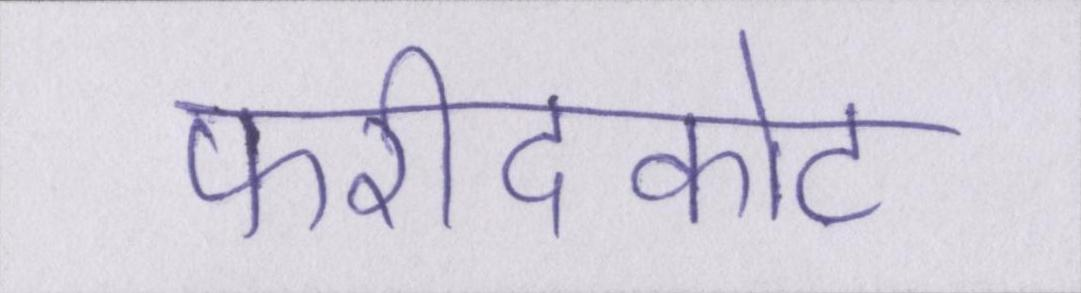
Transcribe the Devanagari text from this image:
फरीदकोट